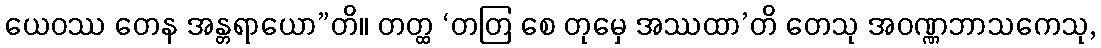
ယေဝဿ တေန အန္တရာယော”တိ။ တတ္ထ ‘တတြ စေ တုမှေ အဿထာ’တိ တေသု အဝဏ္ဏဘာသကေသု,